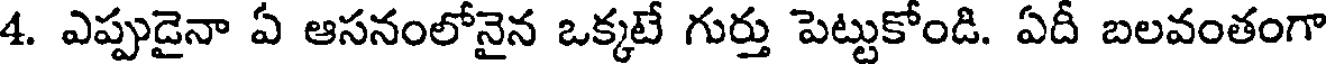
4. ఎప్పుడైనా ఏ ఆసనంలోనైన ఒక్కటే గుర్తు పెట్టుకోండి. ఏదీ బలవంతంగా